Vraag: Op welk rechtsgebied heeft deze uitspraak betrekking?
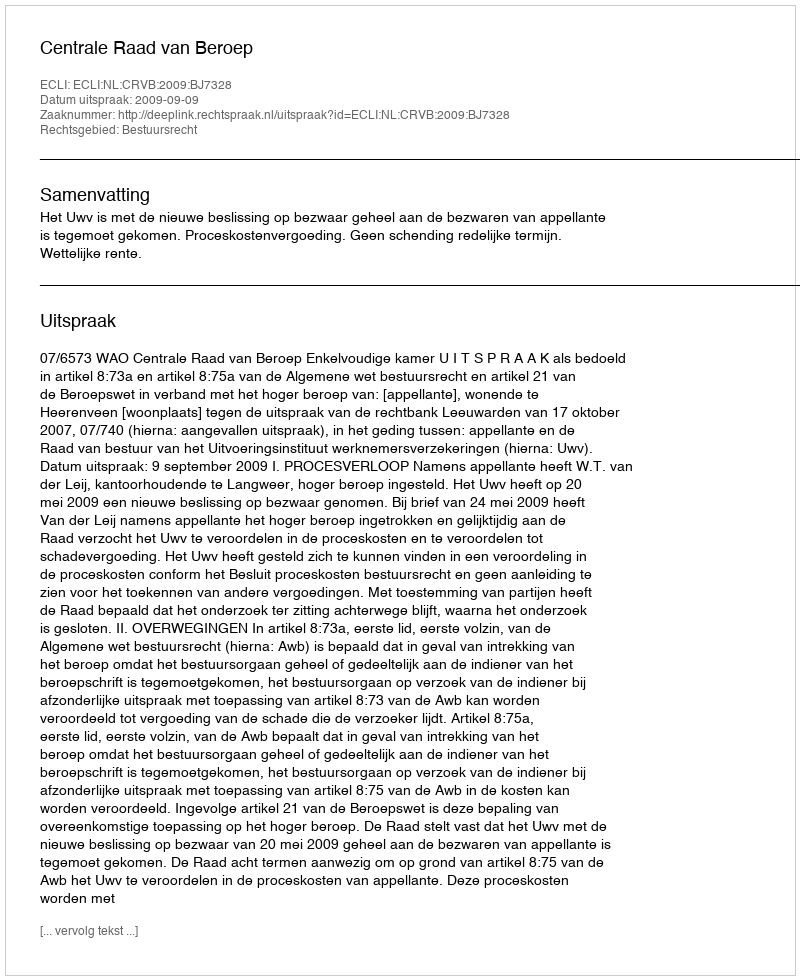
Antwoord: Bestuursrecht